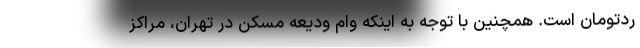
ردتومان است. همچنین با توجه به اینکه وام ودیعه مسکن در تهران، مراکز